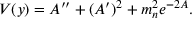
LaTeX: V ( y ) = A ^ { \prime \prime } + ( A ^ { \prime } ) ^ { 2 } + m _ { n } ^ { 2 } e ^ { - 2 A } .